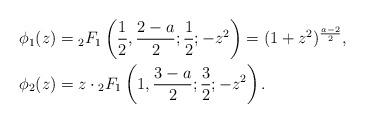
LaTeX: \begin{align*} \phi_1(z) &= {_2F_1}\left(\frac{1}{2},\frac{2-a}{2};\frac{1}{2};-z^2\right) = (1+z^2)^{\frac{a-2}{2}},\\ \phi_2(z) &= z\cdot{_2F_1}\left(1,\frac{3-a}{2};\frac{3}{2};-z^2\right).\end{align*}